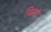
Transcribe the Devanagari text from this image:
विल्से